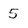
Character: 5